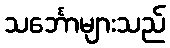
သင်္ဘောများသည်